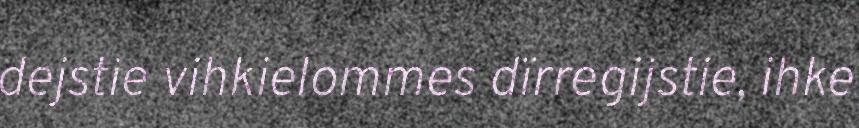
dejstie vihkielommes dïrregijstie, ihke